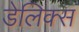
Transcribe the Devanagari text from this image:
डेलिक्स